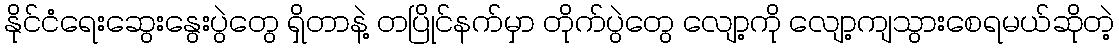
နိုင်ငံရေးဆွေးနွေးပွဲတွေ ရှိတာနဲ့ တပြိုင်နက်မှာ တိုက်ပွဲတွေ လျော့ကို လျော့ကျသွားစေရမယ်ဆိုတဲ့